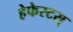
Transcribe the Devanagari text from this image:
हेफेस्टस्‌